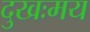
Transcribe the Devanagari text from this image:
दुखःमय